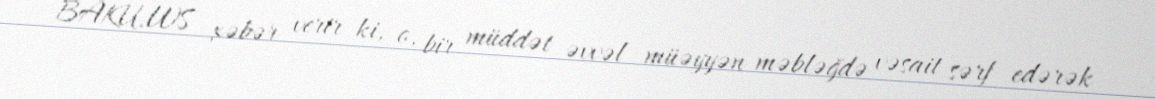
BAKU.WS xəbər verir ki, o, bir müddət əvvəl müəyyən məbləğdə vəsait sərf edərək